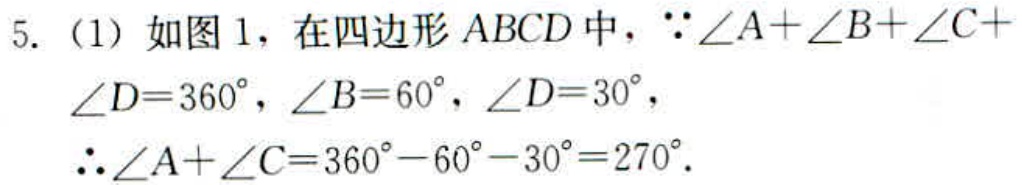
5. (1) 如图1，在四边形 \(ABCD\) 中，\(\because\angle A+\angle B+\angle C+\angle D = 360^{\circ}\)，\(\angle B = 60^{\circ}\)，\(\angle D = 30^{\circ}\)，
\(\therefore\angle A+\angle C=360^{\circ}-60^{\circ}-30^{\circ}=270^{\circ}\).